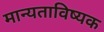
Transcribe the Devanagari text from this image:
मान्यताविष्यक